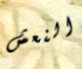
النعش